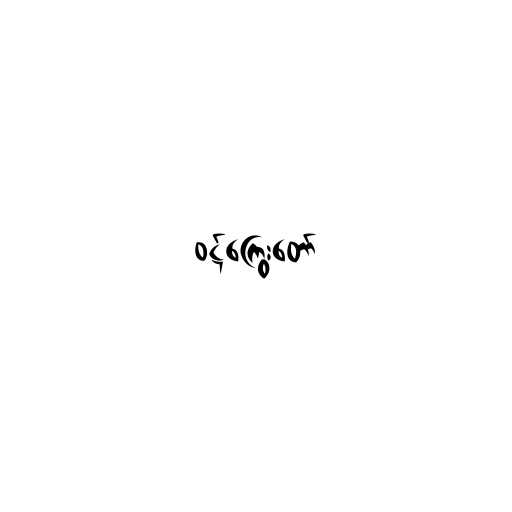
ဝဋ်ကြွေးတော်